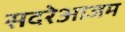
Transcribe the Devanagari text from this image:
सदरेआजम